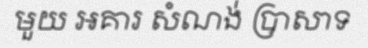
មួយ អគារ សំណង់ ប្រាសាទ